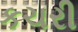
કચરી